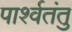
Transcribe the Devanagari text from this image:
पार्श्वतंतु